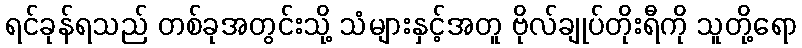
ရင်ခုန်ရသည် တစ်ခုအတွင်းသို့ သံများနှင့်အတူ ဗိုလ်ချုပ်တိုးရီကို သူတို့ရော